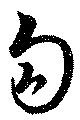
勾